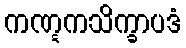
ကဏ္ဋကသိက္ခာပဒံ